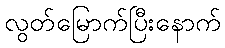
လွတ်မြောက်ပြီးနောက်